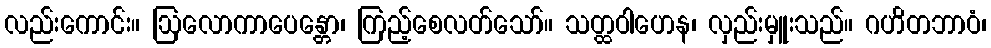
လည်းကောင်း။ ဩလောကာပေန္တော၊ ကြည့်စေလတ်သော်။ သတ္ထဝါဟေန၊ လှည်းမှူးသည်။ ဂဟိတဘာဝံ၊